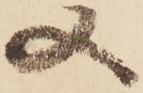
又